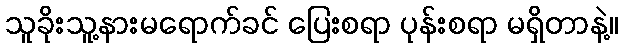
သူခိုးသူ့နားမရောက်ခင် ပြေးစရာ ပုန်းစရာ မရှိတာနဲ့။